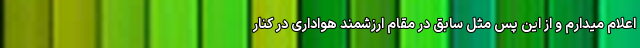
اعلام ميدارم و از این پس مثل سابق در مقام ارزشمند هواداری در کنار